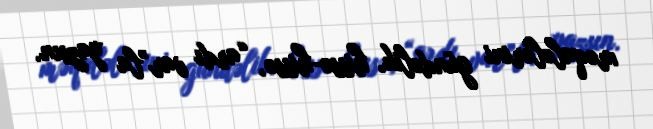
məqalələrini gündəlik, hissə-hissə, “ardı var”la yazsın.